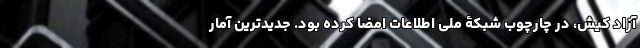
آزاد کیش، در چارچوب شبکۀ ملی اطلاعات امضا کرده بود. جدیدترین آمار